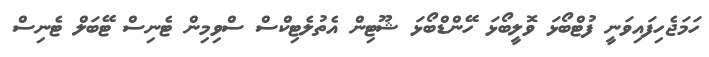
ހަމަޖެހިފައިވަނީ ފުޓްބޯޅަ ވޮލީބޯޅަ ހޭންޑްބޯޅަ ޝޫޓިން އެތުލެޓިކްސް ސްވިމިން ޓެނިސް ޓޭބަލް ޓެނިސް